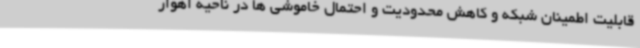
قابلیت اطمینان شبکه و کاهش محدودیت و احتمال خاموشی ها در ناحیه اهواز